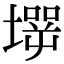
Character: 𡑇